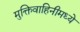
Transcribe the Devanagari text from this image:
मुक्तिवाहिनीमध्ये